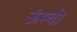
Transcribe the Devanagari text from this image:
ऊंम्ची